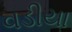
વડીયા